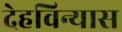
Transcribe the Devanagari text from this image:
देहविन्यास